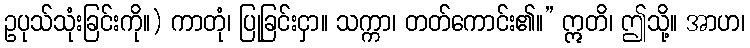
ဥပုသ်သုံးခြင်းကို။) ကာတုံ၊ ပြုခြင်းငှာ။ သက္ကာ၊ တတ်ကောင်း၏။” ဣတိ၊ ဤသို့။ အာဟ၊